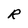
Character: R